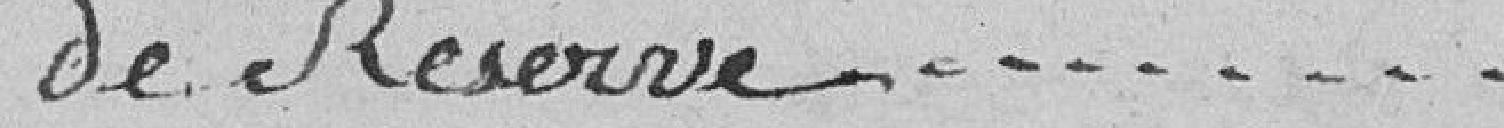
de réserve............